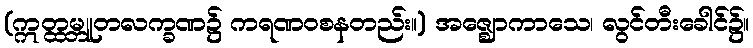
(ဣတ္ထမ္ဘူတလက္ခဏ၌ ကရဏဝစနတည်း။) အဇ္ဈောကာသေ၊ လွင်တီးခေါင်၌။